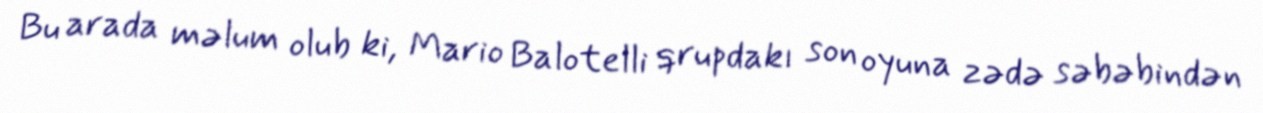
Bu arada məlum olub ki, Mario Balotelli qrupdakı son oyuna zədə səbəbindən